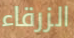
الزرقاء